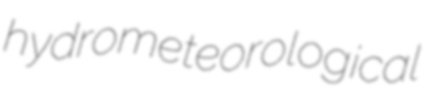
hydrometeorological